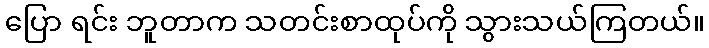
ပြော ရင်း ဘူတာက သတင်းစာထုပ်ကို သွားသယ်ကြတယ်။